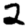
Digit: 2